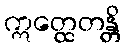
ဣတ္ထေတန္တိ